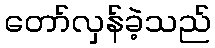
တော်လှန်ခဲ့သည်